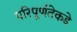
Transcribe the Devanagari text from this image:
परिपूर्णतेकडे